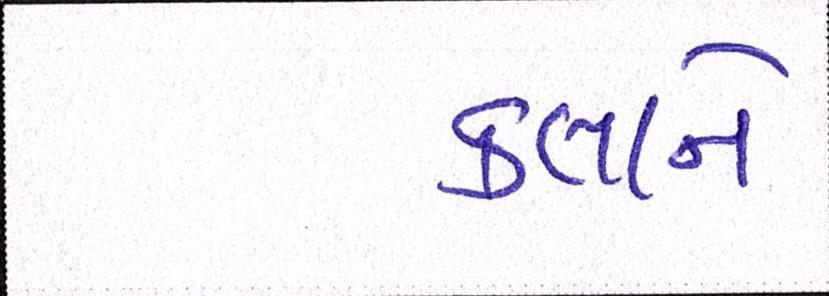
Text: કલાને